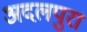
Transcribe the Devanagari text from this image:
अदलपुरा